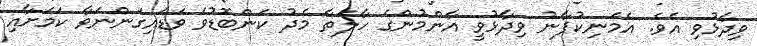
ވިދާޅުވި އެވެ. އެމަނިކުފާނު ވިދާޅުވީ އާންމުންގެ ހާލަތާ މެދު ކަންބޮޑުވެ ވަޑައިގަންނަވާ ކަމަށާއި